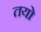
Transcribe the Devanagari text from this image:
तयो